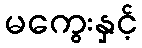
မကွေးနှင့်